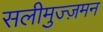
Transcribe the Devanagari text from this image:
सलीमुज्ज़मन